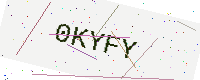
Text: 0KYFY